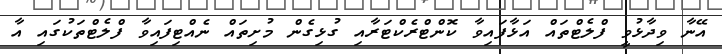
އޭނާ ވިދާޅުވީ ފްލެޓްތައް އަޅާފައިވާ ކޮންޓްރެކްޓަރާއި ގުޅިގެން މުށިތައް ނެއްޓިފައިވާ ފްލެޓްތަކުގައި އާ